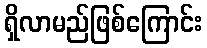
ရှိလာမည်ဖြစ်ကြောင်း